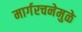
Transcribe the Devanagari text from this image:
मार्गरचनेमुळे